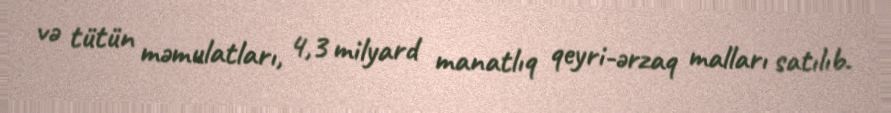
və tütün məmulatları, 4,3 milyard manatlıq qeyri-ərzaq malları satılıb.